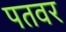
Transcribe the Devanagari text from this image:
पतवर